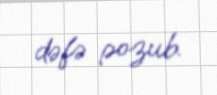
dəfə pozub.